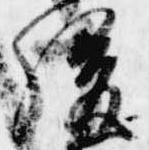
後